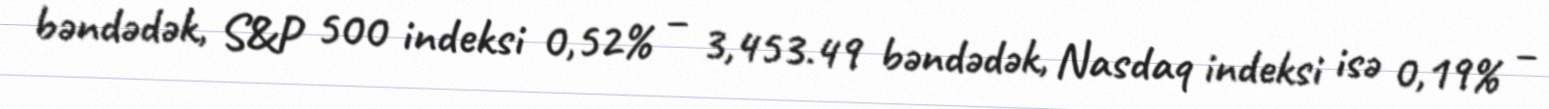
bəndədək, S&P 500 indeksi 0,52% – 3,453.49 bəndədək, Nasdaq indeksi isə 0,19% –